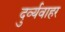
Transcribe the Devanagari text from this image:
दुर्व्यवाहर